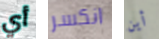
أي انكسر أين